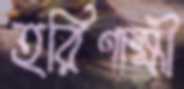
হরিণাক্ষী